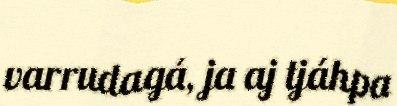
varrudagá, ja aj tjáhpa